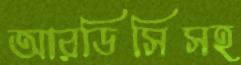
আরডিসিসহ